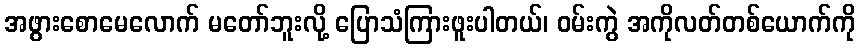
အဖွားစောမေလောက် မတော်ဘူးလို့ ပြောသံကြားဖူးပါတယ်၊ ဝမ်းကွဲ အကိုလတ်တစ်ယောက်ကို